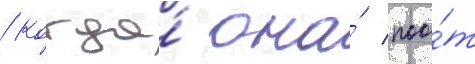
/ когда́ она́ поо́т